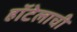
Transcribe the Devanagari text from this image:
हॉटेलाची